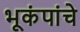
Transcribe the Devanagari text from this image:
भूकंपांचे